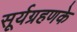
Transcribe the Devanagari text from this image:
सूर्यग्रहणके